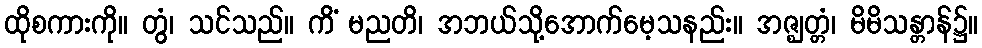
ထိုစကားကို။ တွံ၊ သင်သည်။ ကိံ မညတိ၊ အဘယ်သို့အောက်မေ့သနည်း။ အဇ္ဈတ္တံ၊ မိမိသန္တာန်၌။